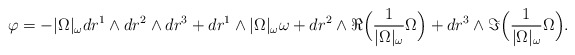
\begin{align*} \varphi = -|\Omega|_\omega dr^1 \wedge dr^2 \wedge dr^3 + dr^1 \wedge |\Omega|_\omega \omega + dr^2 \wedge \Re \Big( \frac{1}{|\Omega|_\omega} \Omega \Big) + dr^3 \wedge \Im \Big( \frac{1}{|\Omega|_\omega} \Omega \Big).\end{align*}